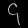
Digit: ၄